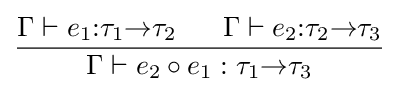
{\Gamma \vdash e_{1}{:}\tau _{1}{\to }\tau _{2}\;\;\;\;\;\;\Gamma \vdash e_{2}{:}\tau _{2}{\to }\tau _{3}} \over {\Gamma \vdash e_{2}\circ e_{1}:\tau _{1}{\to }\tau _{3}}